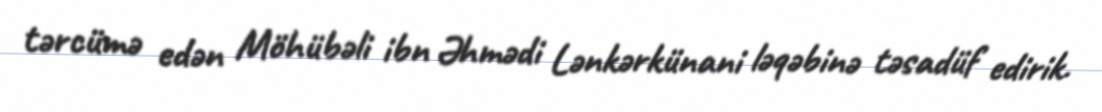
tərcümə edən Möhübəli ibn Əhmədi Lənkərkünani ləqəbinə təsadüf edirik.